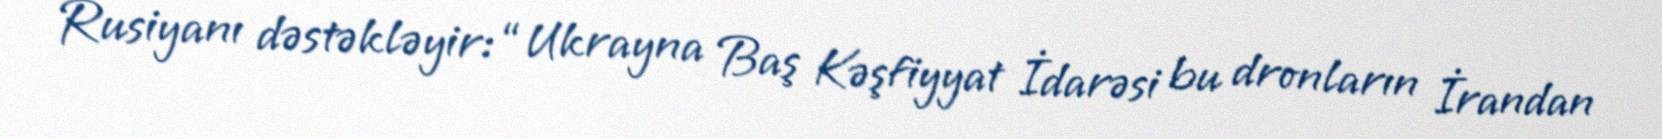
Rusiyanı dəstəkləyir: “Ukrayna Baş Kəşfiyyat İdarəsi bu dronların İrandan